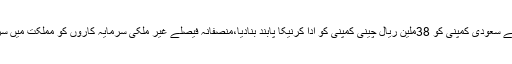
بدھ 23 مئی 2018 ء)سعودی عدالت نے سعودی کمپنی کو 38ملین ریال چینی کمپنی کو ادا کرنیکا پابند بنادیا،منصفانہ فیصلے غیر ملکی سرمایہ کاروں کو مملکت میں سرمایہ کاری کے لئے راغب کریں گے۔